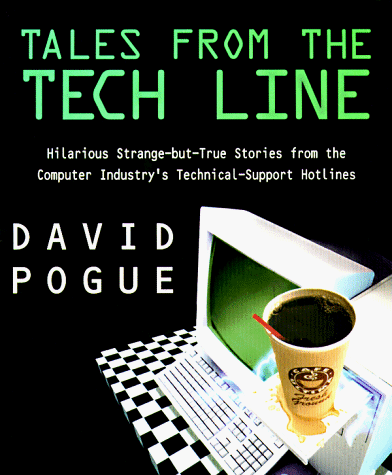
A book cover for Tales from tech line; David Pogue; Humor & Entertainment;